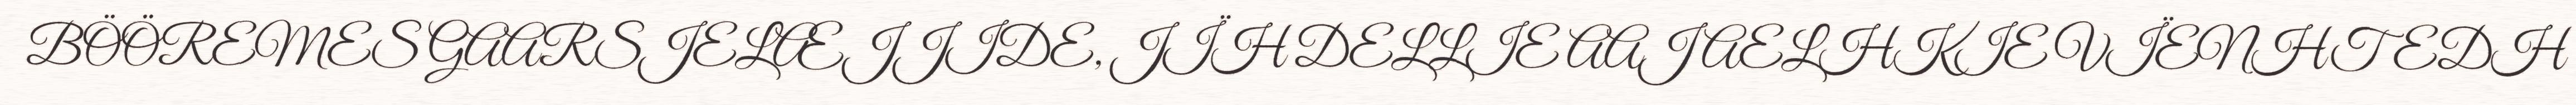
BÖÖREMES GAARSJELÆJJIDE, JÏH DELLIE AAJ AELHKIE VÏENHTEDH